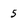
Character: 5